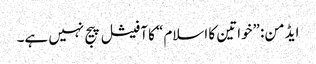
ایڈمن: ”خواتین کا اسلام“ کا آفیشل پیج نہیں ہے۔